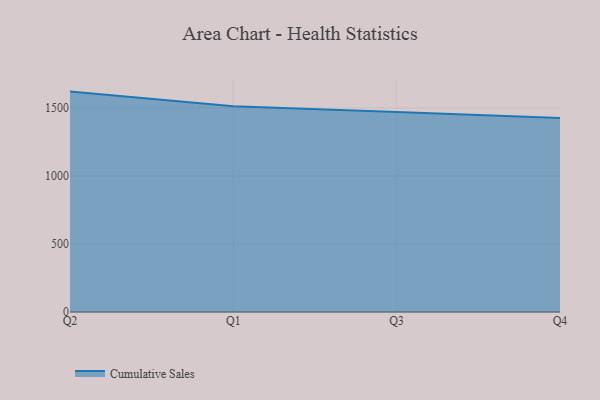
{"axis": {"x": "Quarter", "y": "Bounce Rate (%)"}, "legend": ["Cumulative Sales"], "data": [{"x": "Q2", "y": 1620.5, "type": "Cumulative Sales"}, {"x": "Q1", "y": 1513.1, "type": "Cumulative Sales"}, {"x": "Q3", "y": 1470.2, "type": "Cumulative Sales"}, {"x": "Q4", "y": 1425.5, "type": "Cumulative Sales"}]}